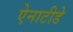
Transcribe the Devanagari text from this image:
ऐनाटीडे